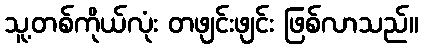
သူ့တစ်ကိုယ်လုံး တဖျင်းဖျင်း ဖြစ်လာသည်။